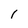
Character: I